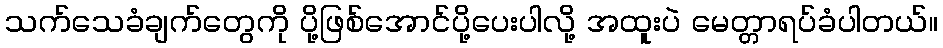
သက်သေခံချက်တွေကို ပို့ဖြစ်အောင်ပို့ပေးပါလို့ အထူးပဲ မေတ္တာရပ်ခံပါတယ်။